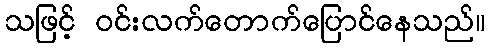
သဖြင့် ဝင်းလက်တောက်ပြောင်နေသည်။